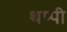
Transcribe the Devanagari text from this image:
थप्पी